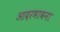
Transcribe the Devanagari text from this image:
आदरभावना